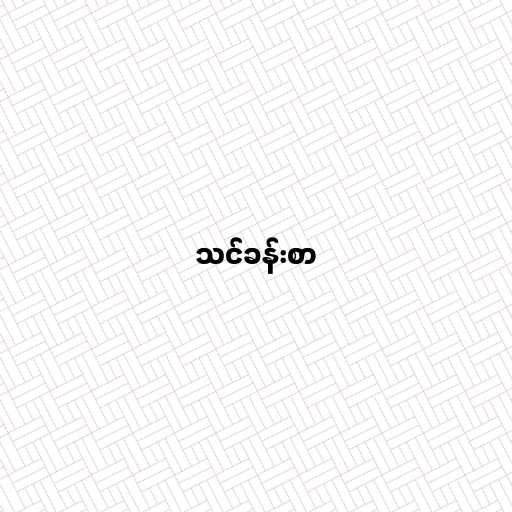
သင်ခန်းစာ